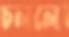
চললে